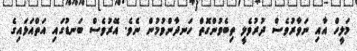
މަލީހް އާއި ނަވާރުވެސް ދުރުވެލީ ތިބެވުންގޮތް ހަނދާންވުމުން ނެވެ. އޭރުވެސް ބަނޑުގައި އަތްއަޅައިގެ